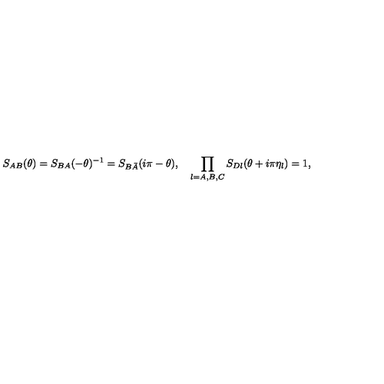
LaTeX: S _ { A B } ( \theta ) = S _ { B A } ( - \theta ) ^ { - 1 } = S _ { B \bar { A } } ( i \pi - \theta ) , \quad \prod _ { l = A , B , C } S _ { D l } ( \theta + i \pi \eta _ { l } ) = 1 ,